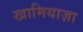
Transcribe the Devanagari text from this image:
खामियाज़ा